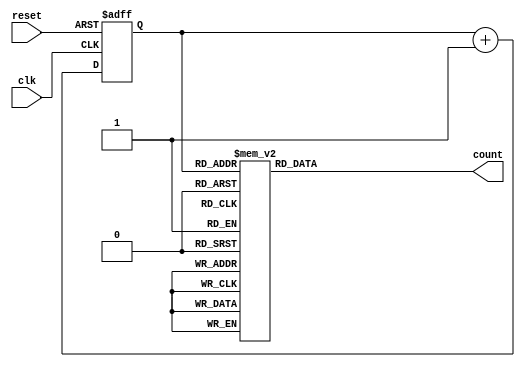
module gray_counter (
    input wire clk,
    input wire reset,
    output reg [3:0] count
);

reg [3:0] d_ff;

always @(posedge clk or posedge reset) begin
    if (reset) begin
        d_ff <= 4'b0000;
    end else begin
        d_ff <= d_ff + 1;
    end
end

always @* begin
    case (d_ff)
        4'b0000: count = 4'b0000;
        4'b0001: count = 4'b0001;
        4'b0011: count = 4'b0010;
        4'b0010: count = 4'b0011;
        4'b0110: count = 4'b0100;
        4'b0111: count = 4'b0101;
        4'b0101: count = 4'b0110;
        4'b0100: count = 4'b0111;
        4'b1100: count = 4'b1000;
        4'b1101: count = 4'b1001;
        4'b1111: count = 4'b1010;
        4'b1110: count = 4'b1011;
        4'b1010: count = 4'b1100;
        4'b1011: count = 4'b1101;
        4'b1001: count = 4'b1110;
        4'b1000: count = 4'b1111;
        default: count = 4'b0000;
    endcase
end

endmodule